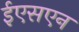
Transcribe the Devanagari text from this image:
ईएसएन